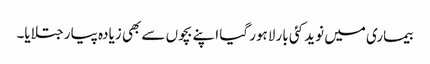
بیماری میں نوید کئی بار لاہور گیا اپنے بچوں سے بھی زیادہ پیار جتلایا۔